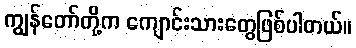
ကျွန်တော်တို့က ကျောင်းသားတွေဖြစ်ပါတယ်။